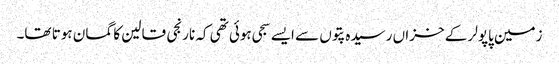
زمین پاپولر کے خزاں رسیدہ پتوں سے ایسے سجی ہوئی تھی کہ نارنجی قالین کا گمان ہوتا تھا۔